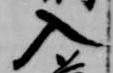
入